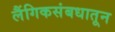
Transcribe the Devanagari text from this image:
लैंगिकसंबधातून